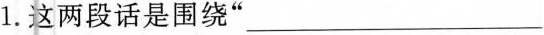
1.这两段话是围绕” _________